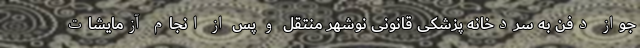
جواز دفن به سردخانه پزشکی قانونی نوشهر منتقل و پس از انجام آزمایشات